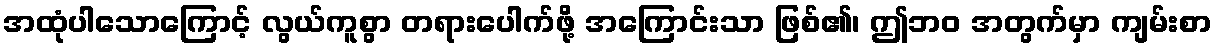
အထုံပါသောကြောင့် လွယ်ကူစွာ တရားပေါက်ဖို့ အကြောင်းသာ ဖြစ်၏၊ ဤဘဝ အတွက်မှာ ကျမ်းစာ